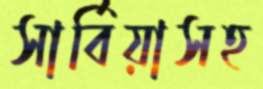
সার্বিয়াসহ